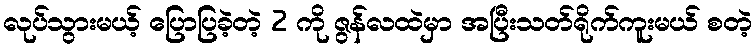
လုပ်သွားမယ့် ပြောပြခဲ့တဲ့ 2 ကို ဇွန်လထဲမှာ အပြီးသတ်ရိုက်ကူးမယ် စတဲ့